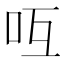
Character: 𠯞